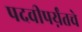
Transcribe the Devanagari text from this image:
पदवीपर्य़ंतचे